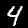
Digit: 4